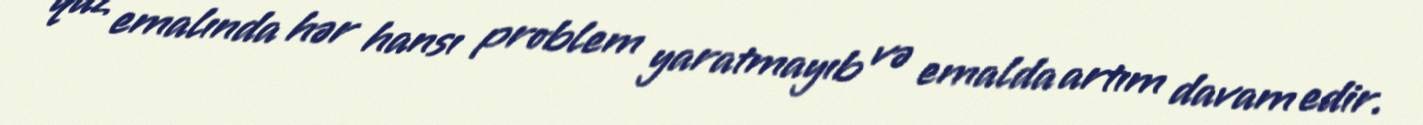
qaz emalında hər hansı problem yaratmayıb və emalda artım davam edir.